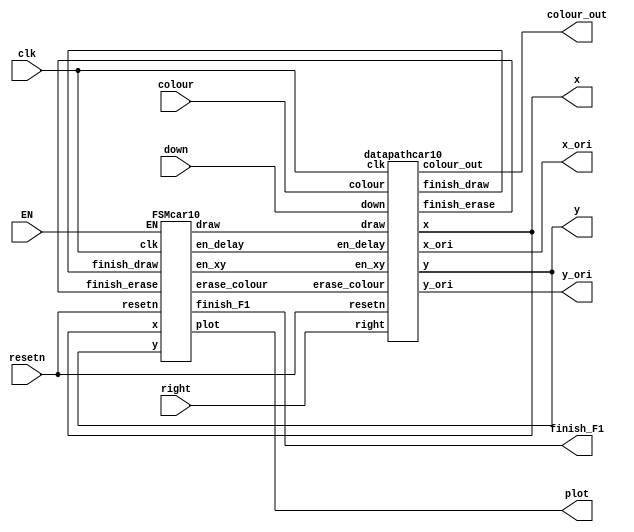
module motocar10(
		input [2:0] colour,
		input resetn,
		input clk,
		input EN,
		input right, down,
		output plot,
		output finish_F1,
		output [7:0]x,
		output [6:0]y,
		output [2:0]colour_out,
		output [7:0]x_ori,
		output [6:0]y_ori
		);
	
	
	wire draw;
	wire en_xy, en_delay, erase_colour, finish_draw, finish_erase;
	datapathcar10 D1(
			.colour(colour),
			.clk(clk),
			.resetn(resetn),
			.en_xy(en_xy), 
			.en_delay(en_delay),
			.erase_colour(erase_colour), 
			.draw(draw), 
			.right(right),
			.down(down),
			.finish_draw(finish_draw),
			.finish_erase(finish_erase),
			.x(x),
			.y(y),
			.colour_out(colour_out),
			.x_ori(x_ori),
			.y_ori(y_ori));
	FSMcar10 F1(
			.clk(clk), 
			.resetn(resetn),
			.finish_draw(finish_draw),
			.finish_erase(finish_erase),
			.EN(EN),
			.en_xy(en_xy), 
			.en_delay(en_delay), 
			.erase_colour(erase_colour), 
			.draw(draw),
			.finish_F1(finish_F1),
			.plot(plot),
			.x(x),
			.y(y));
			
		
endmodule

module datapathcar10(
			input [2:0]colour,
			input clk,
			input resetn,
			input en_xy, en_delay,erase_colour, draw, right,down,
			output finish_draw,
			output reg finish_erase,
			output reg [7:0]x,
			output reg [6:0]y,
			output reg [2:0]colour_out,
			output [7:0]x_ori,
			output [6:0]y_ori);
			//colour reg
			always @(*)
			begin
				if (resetn == 1'b0)
					colour_out <= 3'b000;
				else
				begin
					if (erase_colour == 1'b1)
						colour_out <= 3'b000;
					else
						colour_out <= colour;
				end
			end
			
			//rate dividor, delay counter
			reg [19:0]q;
			always @(posedge clk)
			begin
				if (resetn == 1'b0)
					q <= 20'd0;
				else if (q == 20'd8333)
					q <= 20'd0;
				else 
				begin
					if (en_delay == 1'b1)
						q <= q + 1'b1;
				end
			end
			//frame counter
			wire en_frame;
			assign en_frame = (q == 20'd8333)? 1:0;
			
			reg [3:0]frame;
			always @(posedge clk)
			begin
				if (resetn == 1'b0)
					frame <= 4'b0000;
				else if (frame == 4'd2)
					frame <= 4'b0000;
				else
				begin
					if (en_frame == 1'b1)
						frame <= frame + 1'b1;
				end
			end
			
			assign finish_draw = (frame == 4'd2)? 1:0;
			//x counter
			reg [7:0]x_original;
			reg [6:0]y_original;
			assign x_ori = x_original;
			assign y_ori = y_original;
			always @(posedge clk)
			begin
				if (resetn == 1'b0)begin
					x_original <= 8'd60;
					y_original <= 7'd91;
					end
				else if (en_xy == 1'b1)
				begin
					if (right && down)begin
						x_original <= x_original + 1'b1;
						y_original <= y_original + 1'b1;
						end
					else if (!right && down)begin
						x_original <= x_original - 1'b1;
						y_original <= y_original + 1'b1;
						end
					else if (right && !down)begin
						x_original <= x_original + 1'b1;
						y_original <= y_original - 1'b1;
						end
					else begin
						x_original <= x_original - 1'b1;
						y_original <= y_original - 1'b1;
						end
						
				end
			end
			
			//draw box
			reg [1:0]q2;
			always @(posedge clk)
			begin
				if (resetn == 1'b0)begin
					q2 <= 2'd0;
					finish_erase <= 1'b0;
					end
				else if (finish_draw)
					q2 <= 2'd0;
				else if (draw)
				begin
					if (q2 == 2'b11)begin
						q2 <= 2'd0;
						finish_erase <= 1'b1;
						end
					else begin
						q2 <= q2 + 1'b1;
						finish_erase <= 1'b0;
						end
				end
				else
					q2 <= 2'd0;
					
			end
			
			
			// xy coordinate
			always @(*)
			begin
				if (!resetn) begin
					x = x_original;
					y = y_original;
				end
				else if(draw)
				begin
					x = x_original + q2[1:0];
					y = y_original;
				end
			end

endmodule

module FSMcar10(
			input clk, resetn,finish_draw,finish_erase,EN,
			output reg en_xy, en_delay, erase_colour, draw,finish_F1,plot,
			input [7:0]x,
			input [6:0]y);
			
			reg [2:0] current_state, next_state;

			localparam  ERASE= 3'd0,
							NEW_XY = 3'd1,
							DRAW = 3'd2,
							WAIT = 3'd3;
			always @(*)
			begin: state_table
				case (current_state)
					WAIT: next_state = EN ? ERASE : WAIT;
					ERASE: next_state = finish_erase ? NEW_XY : ERASE;
					NEW_XY: next_state = DRAW;
					DRAW: next_state = finish_draw ?  WAIT: DRAW;
					default: next_state = WAIT;
				endcase
			end
			
			always @(*)
			begin: signals
				en_xy = 1'b0; 
				en_delay = 1'b0;
				erase_colour = 1'b0;
				draw = 1'b0;
				plot = 1'b0;
				finish_F1 = finish_draw;
		
				case (current_state)
					DRAW: begin
					en_delay = 1'b1;
					erase_colour = 1'b0;
					draw = 1'b1;
					plot = 1'b1;
						end
					ERASE: begin
					erase_colour = 1'b1;
					draw = 1'b1;
					plot = 1'b1;
					end
					NEW_XY :
					begin
					en_xy = 1'b1;
					end
					WAIT :
					begin
					end
				endcase
			end

	
			always@(posedge clk)
			begin: state_FFs
				if(!resetn)
					current_state <= WAIT;
				else
					current_state <= next_state;
			end // state_FFS

endmodule